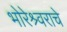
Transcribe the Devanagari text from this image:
भोरेश्र्वराचे